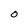
Character: 0